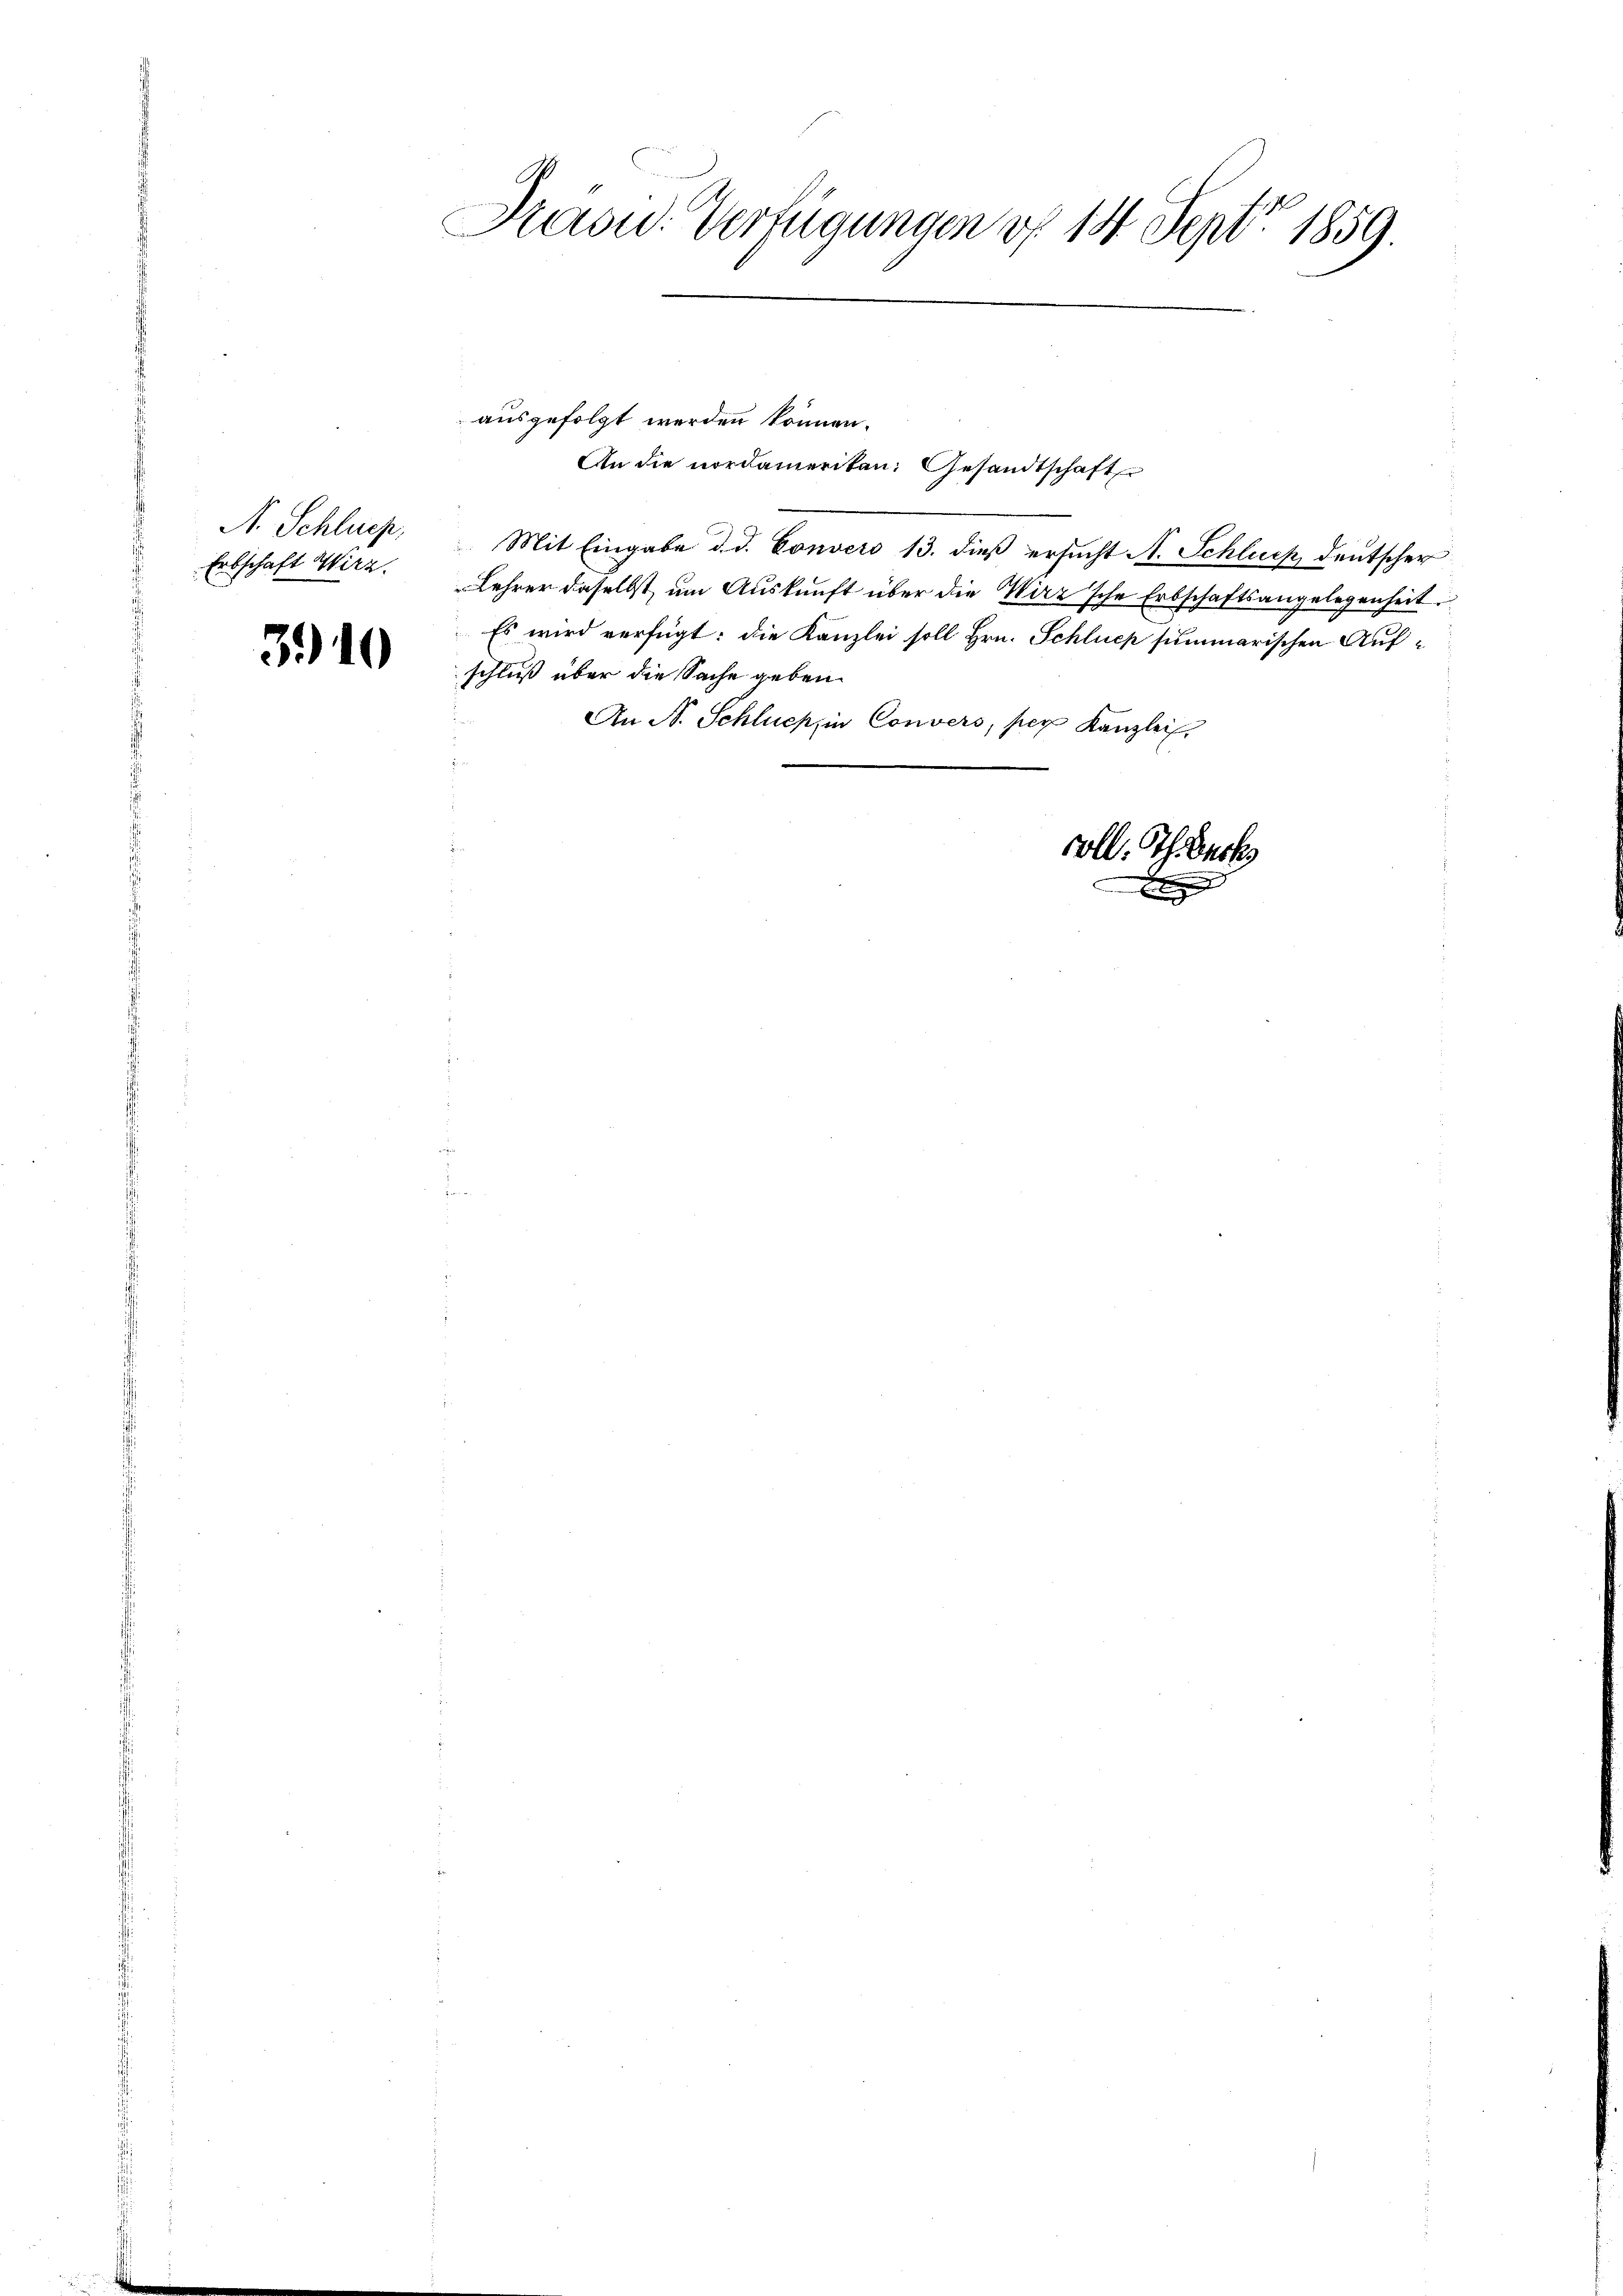
A. Schluss,
Erbschaft Wirz.

3910

Kasw. Verfügungen d. 14 Sept. 1859.

ausgefolgt werden können.
Mit Eingabe d. d. Convers 13. dieß ersucht A. Schluss deutscher
Lehrer daselbst, um Auskunft über die Wirz'sche Erbschaftsangelegenheit.
Es wird verfügt: die Kanzlei soll Hrn. Schluep summarischen Auf-
schluß über die Sache geben.
An N. Schluchzin Convers, per Kanzlei,
soll. Ich erk

An die nordamerikan, Gesandtschaft

e
d
u